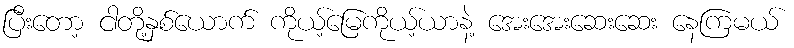
ပြီးတော့ ငါတို့နှစ်ယောက် ကိုယ့်မြေကိုယ့်ယာနဲ့ အေးအေးဆေးဆေး နေကြမယ်